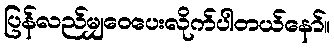
ပြန်လည်မျှဝေပေးလိုက်ပါတယ်နော်။